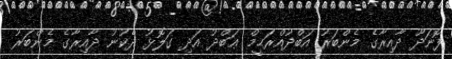
ފޮނަދޫ ދާއިރާގެ މެންބަރު އަބްދުއްރަޙީމް ޢަބްދު އަދި ގަލޮޅު ދެކުނު ދާއިރާގެ މެންބަރު